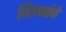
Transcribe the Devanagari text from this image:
विघ्नांचे